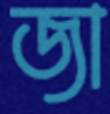
জা